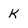
Character: k